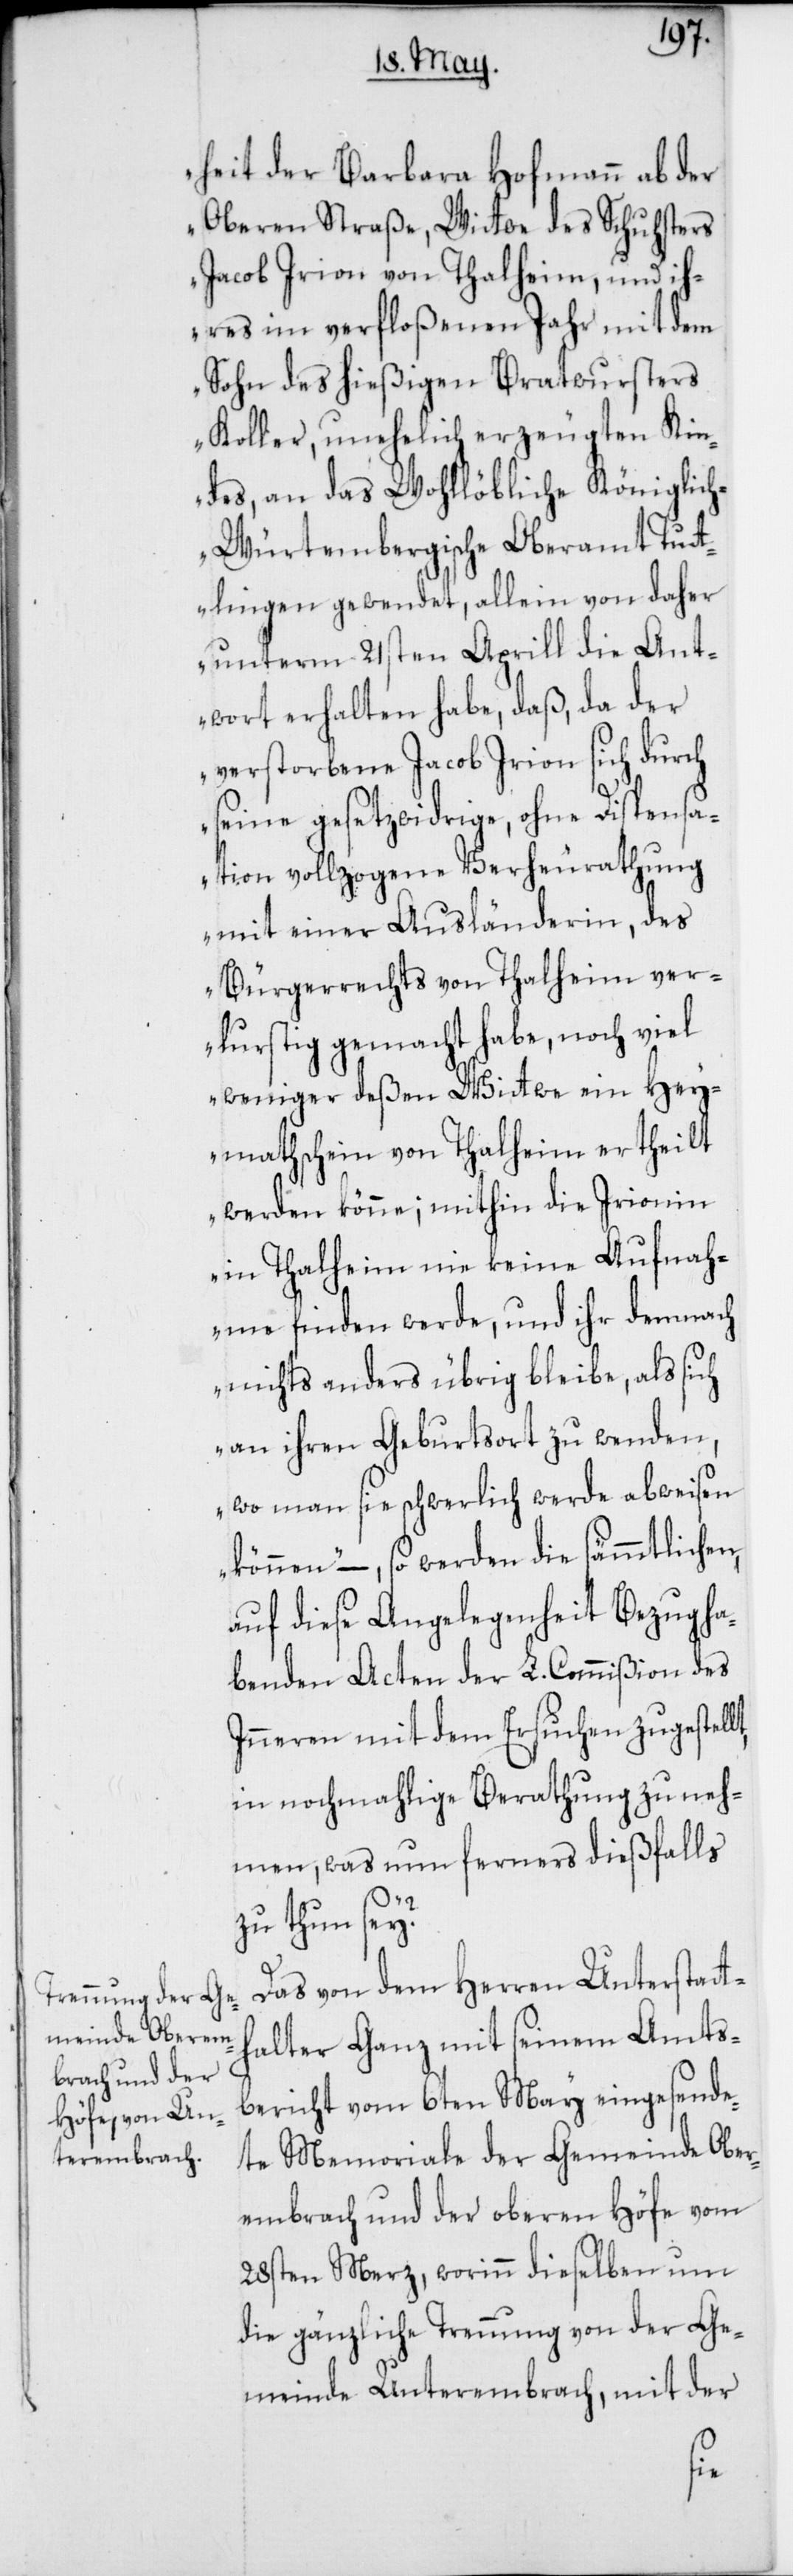
heit der Barbara Hofmann aber
Oberen Straße, Witwe des Schusters
Jacob Irion von Thalheim, und ih¬
res im verfloßenen Jahr mit dem
Sohn des hießigen Bratwursters
Koller, unehelich erzeugten Kin¬
des, an das wohllöbliche Königlic¬
h-Würtembergische Oberamt Tut¬
lingen gewendet, allein von daher
unterm 21sten Aprill die Ant¬
wort erhalten habe, daß, da der
verstorbene Jacob Irion sich durch
seine gesetzwidrige, ohne Dispensa¬
tion vollzogene Verheurathung
mit einer Ausländerin, des
Bürgerrechts von Thalheim ver¬
lustig gemacht habe, noch viel
weniger deßen Witwe ein Hey¬
mathschein von Thalheim ertheilt
werden könne; mithin die Irionin
in Thalheim nie keine Aufnah¬
me finden werde, und ihr demnach
nichts anderes übrig bleibe, als sich
an ihren Geburtsort zu wenden,
wo man sie schwerlich werde abweisen
können,“ – so werden die sämmtlichen
auf diese Angelegenheit Bezug ha¬
benden Acten der L. Commißion des
Inneren mit dem Ersuchen zugestell¬
in nochmahlige Berathung zu neh¬
men, was nun ferners dießfalls
zu thun sey?
Das von dem Herren Unterstatth¬
alter Ganz mit seinem Amts¬
bericht vom 6ten May eingesand¬
te Memoriale der Gemeinde Ober¬
embrach und der oberen Höfe vom
28sten Merz, worinn dieselben um
die gänzliche Trennung von der Ge¬
meinde Unterembrach, mit der
t,